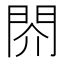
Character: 䦏